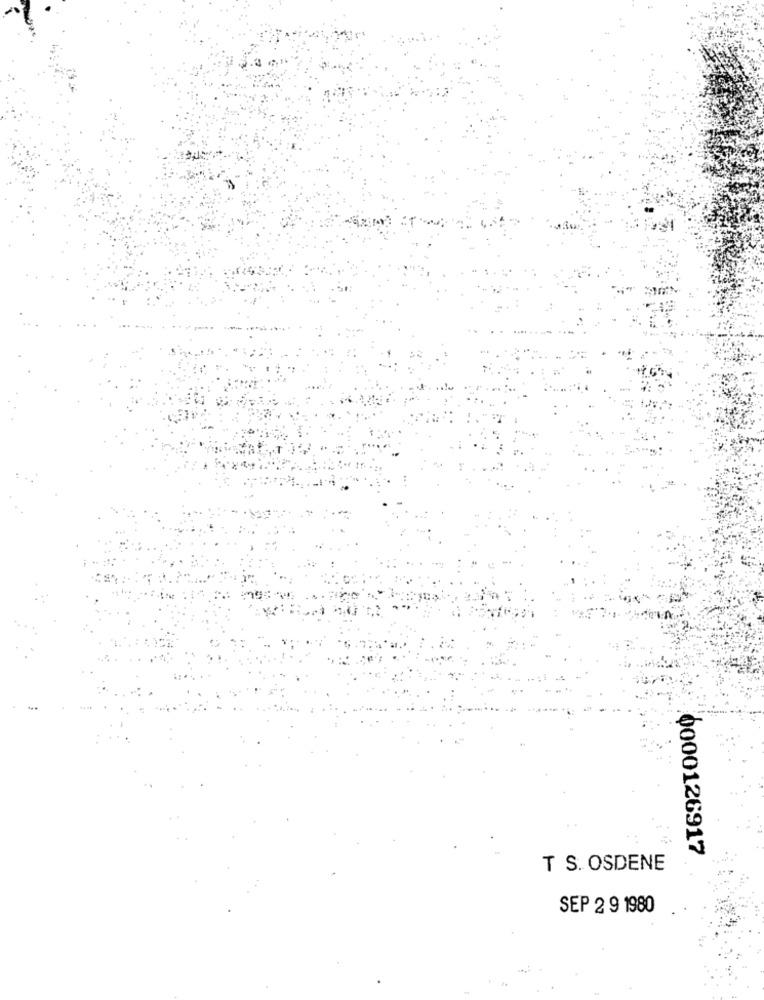
0000126917
T S. OSDENE
SEP 2 9 1980